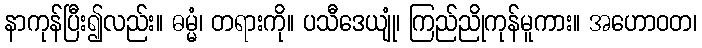
နာကုန်ပြီး၍လည်း။ ဓမ္မံ၊ တရားကို။ ပသီဒေယျုံ၊ ကြည်ညိုကုန်မူကား။ အဟောဝတ၊